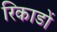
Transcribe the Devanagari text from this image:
रिकाडों